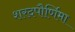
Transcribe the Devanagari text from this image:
शरदपौर्णिमा